Restriction of public expenditure, 1921
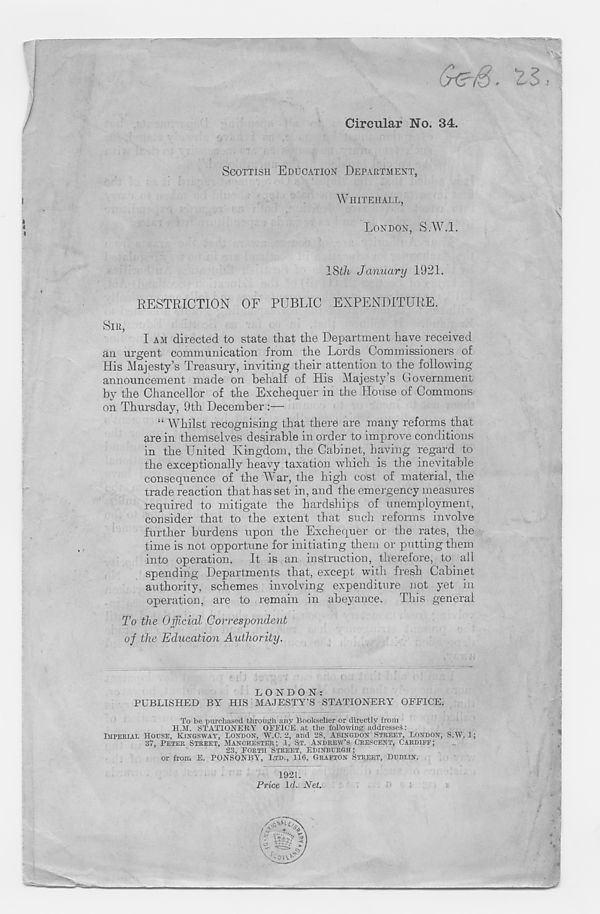
/
Circular No. 34.
SCOTTISH EDUCATION DEPARTMENT,
WHITEHALL,
LONDON, S.W.l.
ISt/i January 1921.
RESTRICTION OF PUBLIC EXPENDITURE.
SIR,
I AM directed to state that the Department have received
an urgent communication from the Lords Commissioners of
His Majesty’s Treasury, inviting their attention to the following
announcement made on behalf of His Majesty’s Government
by the Chancellor of the Exchequer in the House of Commons
on Thursday, 9th December :—
“ Whilst recognising that there are many reforms that
are in themselves desirable in order to improve conditions
in the United Kingdom, the Cabinet, having regard to
the exceptionally heavy taxation which is the inevitable
consequence of the War, the high cost of material, the
trade reaction that has set in, and the emergency measures
required to mitigate the hardships of unemployment,
consider that to the extent that such reforms involve
further burdens upon the Exchequer or the rates, the
time is not opportune for initiating them or putting them
into operation. It is an instruction, therefore, to all
spending Departments that, except with fresh Cabinet
authority, schemes involving expenditure not yet in
operation, are to remain in abeyance. This general
To the Official Correspondent
of the Education Authority.
LONDON:
PUBLISHED BY HIS MAJESTY’S STATIONERY OFFICE.
To be purchased through any Bookseller or directly from
H.M. STATIONERY OFFICE at the following addresses:
IMPERIAL HOUSE, KINGSWAY, LONDON, W.C. 2, and 28, ABINGDON STREET, LONDON, S.W. 1;
37, PETER STREET, MANCHESTER; 1, ST. ANDREW’S CRESCENT, CARDIFF;
23, FORTH STREET, EDINBURGH;
or from E. PONSONBY, LTD., 116, GRAFTON STREET, DUBLIN.
1921.
Price Id. Net.